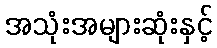
အသုံးအများဆုံးနှင့်